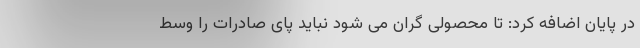
در پایان اضافه کرد: تا محصولی گران می شود نباید پای صادرات را وسط